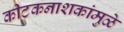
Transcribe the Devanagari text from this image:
कीटकनाशकांमुळे